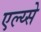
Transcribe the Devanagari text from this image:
एल्य्से